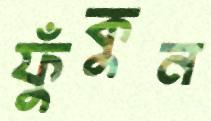
ফুঁকুন